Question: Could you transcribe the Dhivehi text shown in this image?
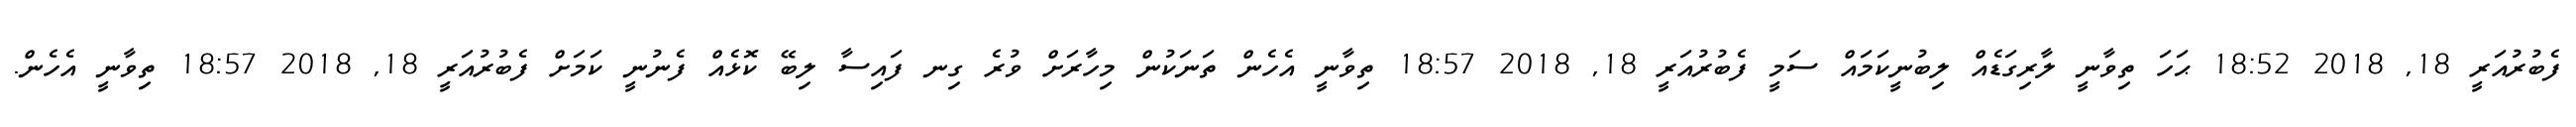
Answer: ފެބުރުއަރީ 18, 2018 18:52 ޙަހަ ތިވާނީ ލާރިގަޑެއް ލިބުނީކަމައް ސަމީ ފެބުރުއަރީ 18, 2018 18:57 ތިވާނީ އެހެން ތަނަކުން މިހާރަށް ވުރެ ގިނ ފައިސާ ލިބޭ ކޮޅެއް ފެނުނީ ކަމަށް ފެބުރުއަރީ 18, 2018 18:57 ތިވާނީ އެހެން.